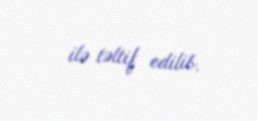
ilə təltif edilib.